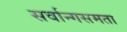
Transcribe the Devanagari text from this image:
सर्वान्गसमता